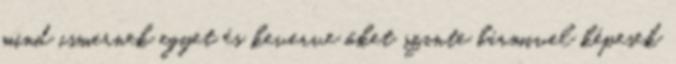
mind ismernek egyet és keverve őket szinte bármivel képesek